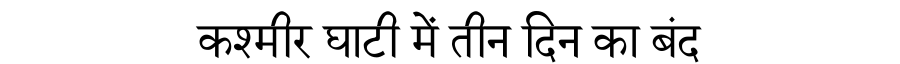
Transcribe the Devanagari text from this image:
कश्मीर घाटी में तीन दिन का बंद